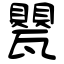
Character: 甖